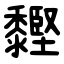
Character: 䵛